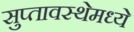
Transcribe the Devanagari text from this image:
सुप्‍तावस्थेमध्ये